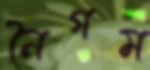
নৈগম